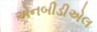
એનબીડીએલ